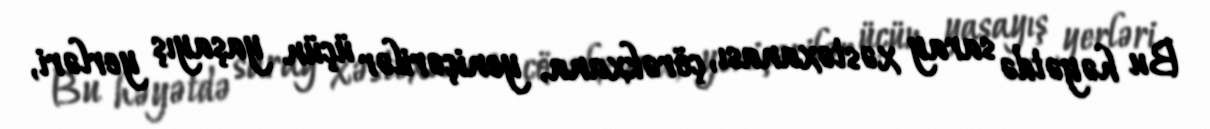
Bu həyətdə saray xəstəxanası, çörəkxana, yeniçərilər üçün yaşayış yerləri,